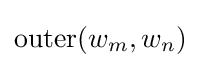
\operatorname {outer} (w_{m},w_{n})